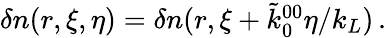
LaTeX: \begin{array}{r}{\delta n(r,\xi,\eta)=\delta n(r,\xi+\tilde{k}_{0}^{00}\eta/k_{L})\, .}\end{array}